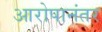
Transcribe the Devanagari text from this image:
आरोपानंतर